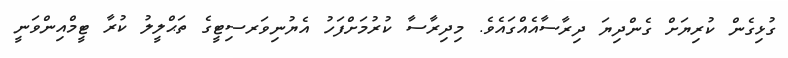
ގުޅިގެން ކުރިޔަށް ގެންދިޔަ ދިރާސާއެއްގައެވެ. މިދިރާސާ ކުރުމަށްފަހު އެެޔުނިވަރސިޓީގެ ތަޙްލީލު ކުރާ ޓީމްއިންވަނީ